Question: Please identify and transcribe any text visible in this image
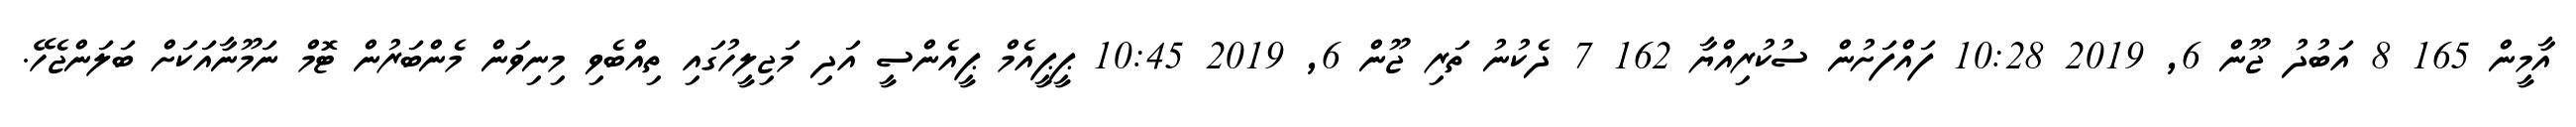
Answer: އާމީން 165 8 އަބުދު ޖޫން 6, 2019 10:28 ފައްފަށުން ސުކުރިއްޔާ 162 7 ދެކުނު ތަރި ޖޫން 6, 2019 10:45 ޕީޕީއެމް ޕީއެންސީ އަދި މަޖިލީހުގައި ތިއްބެވި މިނިވަން މެންބަރުން ޓޮމް ނަމޫނާއަކަށް ބަލަންޖެހޭ.